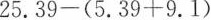
25.39-(5.39+9.1)